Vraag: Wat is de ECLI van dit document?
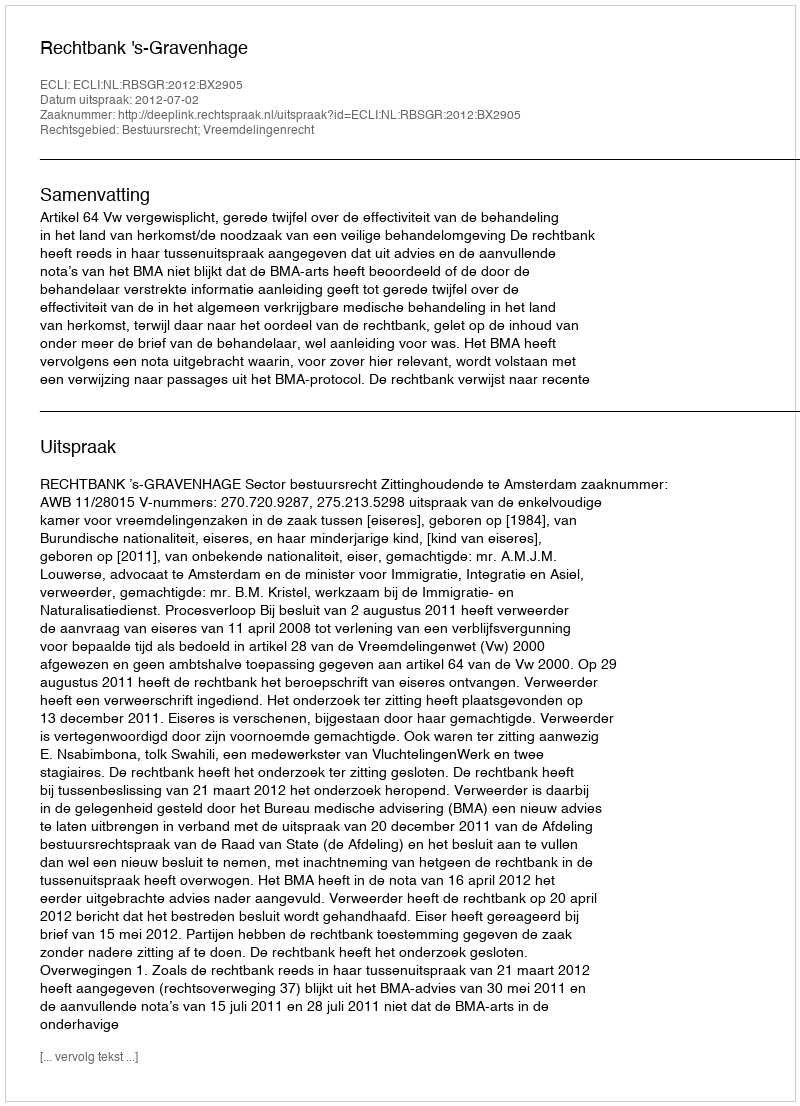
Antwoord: ECLI:NL:RBSGR:2012:BX2905